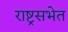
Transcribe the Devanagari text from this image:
राष्ट्रसभेत